Indian Medical Review
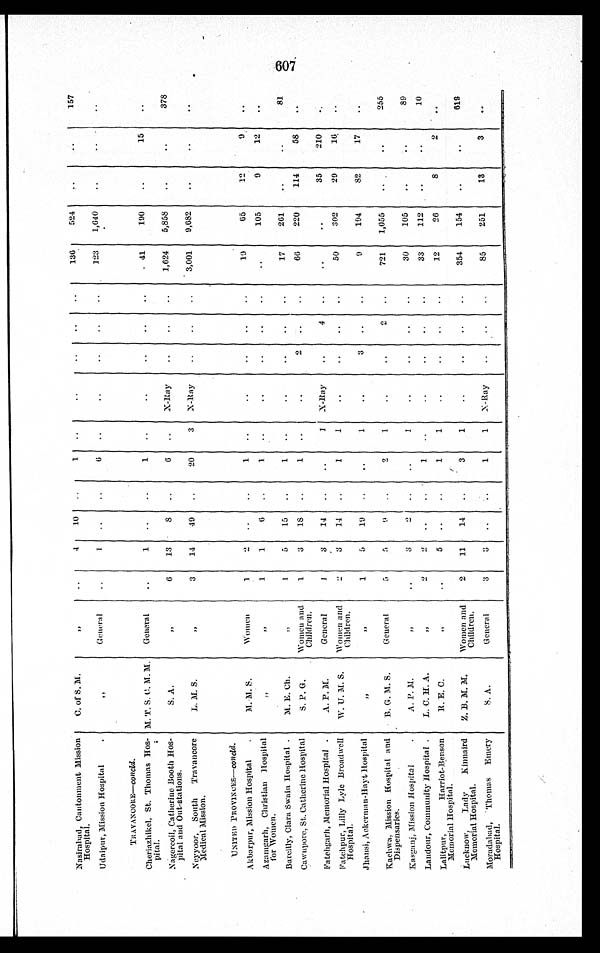
Nasirabad, Cantonment Mission
Hospital.
C. of S. M.
„
4 10
1
136
524
157
Udaipur, Mission Hospital.
„
General
1
6
123 1,640
TRAVANCORE—c o n c l d .
Cheriazhikel, St. Thomas Hos-
pital.
M. T. S. C. M. M. General
1
1
41
190
15
Nagercoil, Catherine Booth Hos-
pital and Out-stations.
S. A.
„
6 13
8
6
X-Ray
1,624 5,858
378
Neyyoor, South Travancore
Medical Mission.
L. M. S.
„
3 14 49
20
3 X-Ray
3,001 9,682
UNITED PROVINCES—concld.
Akparpur, Mission Hospital
M. M. S.
Women
1
2
1
19
65
12
9
Azamgarh, Christian Hospita
l for Women.
„ „
1
1
6
1
105
9
1 2
Ba r c i l l y , Cl a r a S wa i n Ho s p i t a l .
M. E. Ch.
„
1
5 15
1
17
261
81
Cawnpore, St. Catherine Hospital
S. P. G.
Women and
Children.
1 3 18
1
2
66
220
114
58
Fatehgarh, Memorial Hospital
A. P. M.
General
1
3 14
1 X-Ray
4
35
210
Fatehpur, Lilly Lyle Broadwell
Hospital.
W. U. M . S. Women and
Children.
2
3 14
1
1
50
302
29
16
Jhansi, Ackerman-Hayt Hospital
„ „
1
5 19
1
3
9
194
82
17
Kachwa, Mission Hospital and
Dispensaries.
B. G. M. S.
General
5
5 9
2
2
721 1,055
255
Kasganj, Mission Hospital
A. P. M.
„
3
2
1
30
105
89
Landour, Community Hospital . L. C. H. A.
„
2
2
1
33
112
10
Lalitpur, Harriot-Benson
Memorial Hospital.
R. E. C.
„
5
1
1
12
26
8
2
Lucknow, Lady Kinnaird
Memorial Hospital.
Z. B. M. M. Women and
Children.
2 11 14
3
1
354
154
619
Moradabad, Thomas Emery
Hospital.
S. A.
General
3
3
1
1 X-Ray
85
251
13
3
607